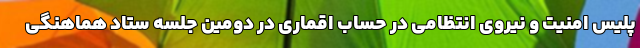
پلیس امنیت و نیروی انتظامی در حساب اقماری در دومین جلسه ستاد هماهنگی